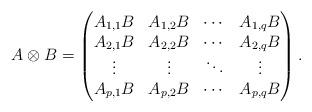
LaTeX: \begin{align*}A\otimes B = \left(\begin{matrix}A_{1,1} B & A_{1,2} B & \cdots & A_{1,q} B\\A_{2,1} B & A_{2,2} B & \cdots & A_{2,q} B\\\vdots & \vdots & \ddots & \vdots\\A_{p,1} B & A_{p,2} B & \cdots & A_{p,q} B\\\end{matrix}\right).\end{align*}